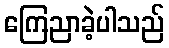
ကြေညာခဲ့ပါသည်